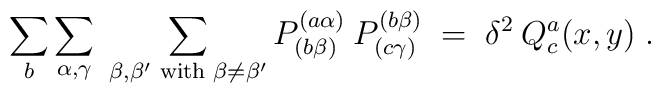
\sum_b \sum_{\alpha, \gamma} \;\sum_{\beta, \beta' {\mbox{\scriptsize{ with }}} \beta \neq \beta'} P^{(a \alpha)}_{(b \beta)}\: P^{(b \beta)}_{(c \gamma)} \;=\;\delta^2\: Q^a_c(x,y) \;.